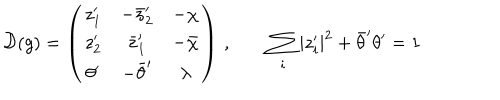
{ \cal D } ( g ) = \left( \begin{array} { c c c } { { z _ { 1 } ^ { \prime } } } & { { - \bar { z } _ { 2 } ^ { \prime } } } & { { - \chi } } \\ { { z _ { 2 } ^ { \prime } } } & { { \bar { z } _ { 1 } ^ { \prime } } } & { { - \bar { \chi } } } \\ { { \theta ^ { \prime } } } & { { - \bar { \theta } ^ { \prime } } } & { { \lambda } } \\ \end{array} \right) \, , \quad \quad \sum _ { i } | z _ { i } ^ { \prime } | ^ { 2 } + \bar { \theta } ^ { \prime } \theta ^ { \prime } = 1